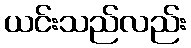
ယင်းသည်လည်း